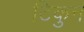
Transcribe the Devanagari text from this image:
टिकुन